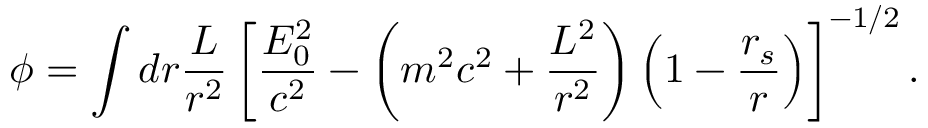
\phi = \int d r \frac { { \cal { L } } } { r ^ { 2 } } \left[ \frac { { \cal { E } } _ { 0 } ^ { 2 } } { c ^ { 2 } } - \left( m ^ { 2 } c ^ { 2 } + \frac { { \cal { L } } ^ { 2 } } { r ^ { 2 } } \right) \left( 1 - \frac { r _ { s } } { r } \right) \right] ^ { - 1 / 2 } .